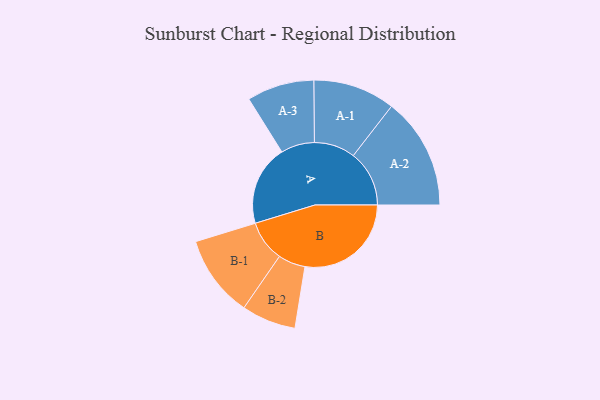
{"axis": {"x": "Segment", "y": "Value"}, "legend": ["", "A", "B"], "data": [{"x": "A", "y": 372, "type": ""}, {"x": "B", "y": 492, "type": ""}, {"x": "A-1", "y": 190, "type": "A"}, {"x": "A-2", "y": 259, "type": "A"}, {"x": "A-3", "y": 156, "type": "A"}, {"x": "B-1", "y": 190, "type": "B"}, {"x": "B-2", "y": 126, "type": "B"}]}